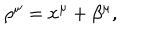
\rho ^ { \mu } = x ^ { \mu } + \beta ^ { \mu } ,